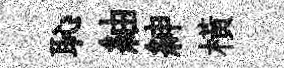
恥紬紳橫